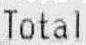
TOTAL